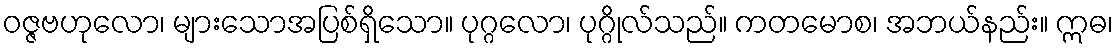
ဝဇ္ဇဗဟုလော၊ များသောအပြစ်ရှိသော။ ပုဂ္ဂလော၊ ပုဂ္ဂိုလ်သည်။ ကတမောစ၊ အဘယ်နည်း။ ဣဓ၊